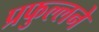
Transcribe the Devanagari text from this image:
प्रफुल्लने